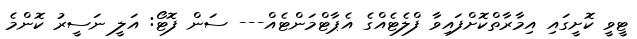
ޓީވީ ކޮށީގައި އިމާރާތްކޮށްފައިވާ ފްލެޓެއްގެ އެޕާޓްމަންޓެއް--- ސަން ފޮޓޯ: އަލީ ނަސީރު ކޮންމެ